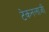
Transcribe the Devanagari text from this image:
टेकनलाजी